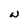
Character: W